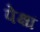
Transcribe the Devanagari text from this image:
पेक्षां